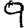
Digit: 9